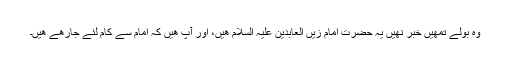
وہ بولے تمھیں خبر نھیں یہ حضرت امام زیں العابدین علیہ السلام ھیں، اور آپ ھیں کہ امام سے کام لئے جارھے ھیں۔